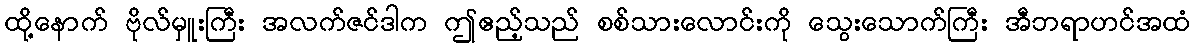
ထို့နောက် ဗိုလ်မှူးကြီး အလက်ဇင်ဒါက ဤဧည့်သည် စစ်သားလောင်းကို သွေးသောက်ကြီး အီဘရာဟင်အထံ